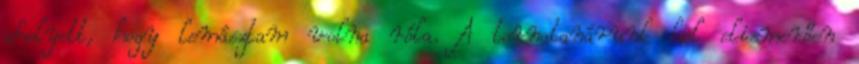
ahelyett, hogy lemásztam volna róla. A tornatanárunk hol elismerően